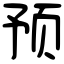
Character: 预